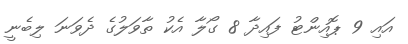
އައި 9 ޕޮއިންޓު ފައިދާ 8 ގޯލާ އެކު ތާވަލުގެ ދެވަނަ ލިބެނީ